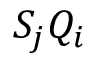
S _ { j } Q _ { i }